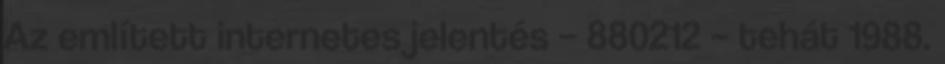
Az említett internetes jelentés – 880212 – tehát 1988.